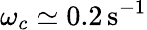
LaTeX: \omega_{c}\simeq 0.2\, {\mathrm{s}}^{-1}